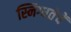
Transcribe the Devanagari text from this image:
स्निग्धतेचें